Vaccine operations Central Provinces 1868-1885 - 1868-1885
Year: 1868
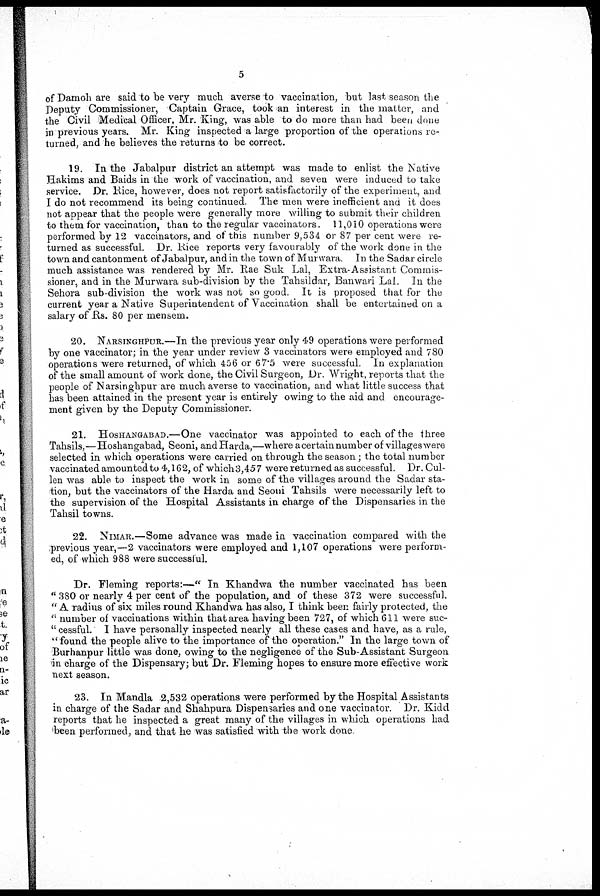
5
of Damoh are said to be very much averse to vaccination, but last season the
Deputy Commissioner, Captain Grace, took an interest in the matter, and
the Civil Medical Officer, Mr. King, was able to do more than had been done
in previous years. Mr. King inspected a large proportion of the operations re-
turned, and he believes the returns -to be correct.
19. In the Jabalpur district an attempt was made to enlist the Native
Hakims and Baids in the work of vaccination, and seven were induced to take
service. Dr. Rice, however, does not report satisfactorily of the experiment, and
I do not recommend its being continued. The men were inefficient and it does
not appear that the people were generally more willing to submit their children
to them for vaccination, than to the regular vaccinators. 11,010 operations were
performed by 12 vaccinators, and of this number 9,534 or 87 per cent were re-
turned as successful. Dr. Rice reports very favourably of the work done in the
town and cantonment of Jabalpur, and in the town of Murwara. In the Sadar circle
much assistance was rendered by Mr. Rae Suk Lal, Extra-Assistant Commis-
sioner, and in the Murwara sub-division by the Tahsildar, Banwari Lal. In the
Sehora sub-division the work was not so good. It is proposed that for the
current year a Native Superintendent of Vaccination shall be entertained on a
salary of Rs. 80 per mensem.
20. NARSINGHPUR.—In the previous year only 49 operations were performed
by one vaccinator; in the year under review 3 vaccinators were employed and 780
operations were returned, of which 456 or 67.5 were successful. In explanation
of the small amount of work done, the Civil Surgeon, Dr. Wright, reports that the
people of Narsinghpur are much averse to vaccination, and what little success that
has been attained in the present year is entirely owing to the aid and encourage-
ment given by the Deputy Commissioner.
21. HOSHANGABAD.—One vaccinator was appointed to each of the three
Tahsils,—Hoshangabad, Seoni, and Harda,—where acertainnumber of villages were
selected in which operations were carried on through the season; the total number
vaccinated amounted to 4, 162, of which3,457 were returned as successful. Dr. Cul-
len was able to inspect the work in some of the villages around the Sadar sta-
tion, but the vaccinators of the Harda and Seoni Tahsils were necessarily left to
the supervision of the Hospital Assistants in charge of the Dispensaries in the
Tahsil towns.
22. NIMAR.—Some advance was made in vaccination compared with the
previous year,—2 vaccinators were employed and 1,107 operations were perform-
ed, of which 988 were successful.
Dr. Fleming reports:—" In Khandwa the number vaccinated has been
" 380 or nearly 4 per cent of the population, and of these 372 were successful.
" A radius of six miles round Khandwa has also, I think been fairly protected, the
" number of vaccinations within that area having been 727, of which 611 were suc-
" cessful. I have personally inspected nearly all these cases and have, as a rule,
"found the people alive to the importance of the operation." In the large town of
Burhanpur little was done, owing to the negligence of the Sub-Assistant Surgeon
in charge of the Dispensary; but Dr. Fleming hopes to ensure more effective work
next season.
23. In Mandla 2,532 operations were performed by the Hospital Assistants
in charge of the Sadar and Shahpura Dispensaries and one vaccinator. Dr. Kidd
reports that he inspected a great many of the villages in which operations had
been performed, and that he was satisfied with the work done